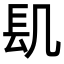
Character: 𨱙